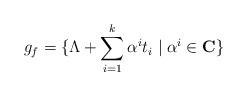
LaTeX: \begin{align*}g_f=\{\Lambda +\sum_{i=1}^{k}\alpha^i t_i \mid \alpha^i \in {\bf C} \}\end{align*}